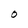
Character: O